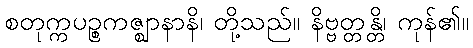
စတုက္ကပဉ္စကဇ္ဈာနာနိ၊ တို့သည်။ နိဗ္ဗတ္တန္တိ၊ ကုန်၏။